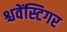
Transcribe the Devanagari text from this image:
श्चवेंस्टिगर